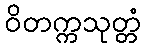
ဝိတက္ကသုတ္တံ